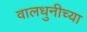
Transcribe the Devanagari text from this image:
वालधुनीच्या